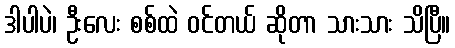
ဒါပါပဲ၊ ဦးလေး စစ်ထဲ ဝင်တယ် ဆိုတာ သားသား သိပြီ။